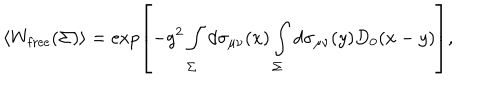
LaTeX: \left< W _ { \mathrm { f r e e } } ( \Sigma ) \right> = \exp \left[ - g ^ { 2 } \int _ { \Sigma } ^ { } d \sigma _ { \mu \nu } ( x ) \int _ { \Sigma } ^ { } d \sigma _ { \mu \nu } ( y ) D _ { 0 } ( x - y ) \right] ,